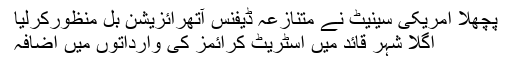
پچھلا امریکی سینیٹ نے متنازعہ ڈیفنس آتھرائزیشن بل منظورکرلیا
اگلا شہر قائد میں اسٹریٹ کرائمز کی وارداتوں میں اضافہ